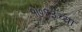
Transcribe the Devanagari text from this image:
१७१३च्या